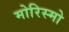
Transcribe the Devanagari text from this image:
मोरिस्मो